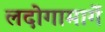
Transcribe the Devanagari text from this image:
लदोगामार्गे